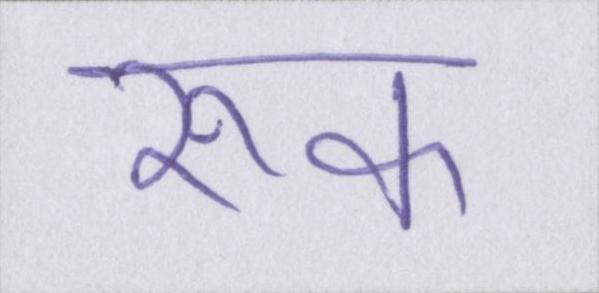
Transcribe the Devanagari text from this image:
रूक